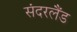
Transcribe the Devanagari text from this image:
संदरलैंड